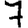
Digit: 7